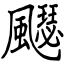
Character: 飋